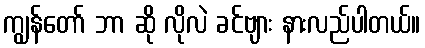
ကျွန်တော် ဘာ ဆို လိုလဲ ခင်ဗျား နားလည်ပါတယ်။